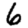
Digit: 6